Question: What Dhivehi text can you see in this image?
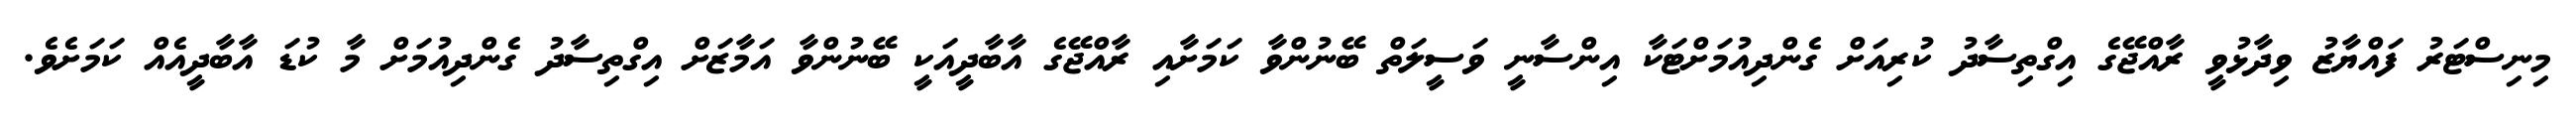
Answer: މިނިސްޓަރު ފައްޔާޒު ވިދާޅުވީ ރާއްޖޭގެ އިގްތިސާދު ކުރިއަށް ގެންދިއުމަށްޓަކާ އިންސާނީ ވަސީލަތް ބޭނުންވާ ކަމަށާއި ރާއްޖޭގެ އާބާދީއަކީ ބޭނުންވާ އަމާޒަށް އިގްތިސާދު ގެންދިއުމަށް މާ ކުޑަ އާބާދީއެއް ކަމަށެވެ.